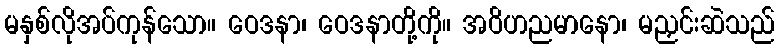
မနှစ်လိုအပ်ကုန်သော။ ဝေဒနာ၊ ဝေဒနာတို့ကို။ အဝိဟညမာနော၊ မညှင်းဆဲသည်